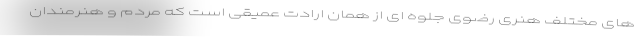
های مختلف هنری رضوی جلوه ای از همان ارادت عمیقی است که مردم و هنرمندان